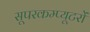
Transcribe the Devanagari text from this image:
सूपरकम्प्यूटरों